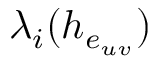
\lambda _ { i } ( h _ { e _ { u v } } )